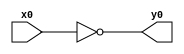
module top( x0 , y0 );
  input x0 ;
  output y0 ;
  assign y0 = ~x0 ;
endmodule